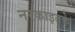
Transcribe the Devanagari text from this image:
नरकाइतके